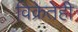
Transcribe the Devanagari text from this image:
विक्रेतेही